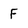
Character: F